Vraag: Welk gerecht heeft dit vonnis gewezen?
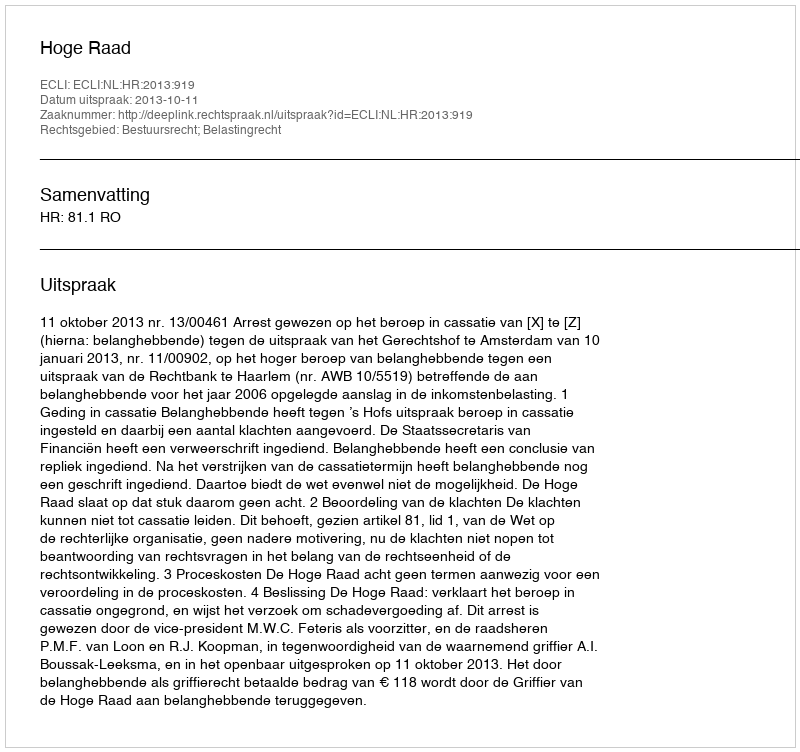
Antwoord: Hoge Raad